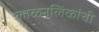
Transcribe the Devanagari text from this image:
लाळनलिकांची